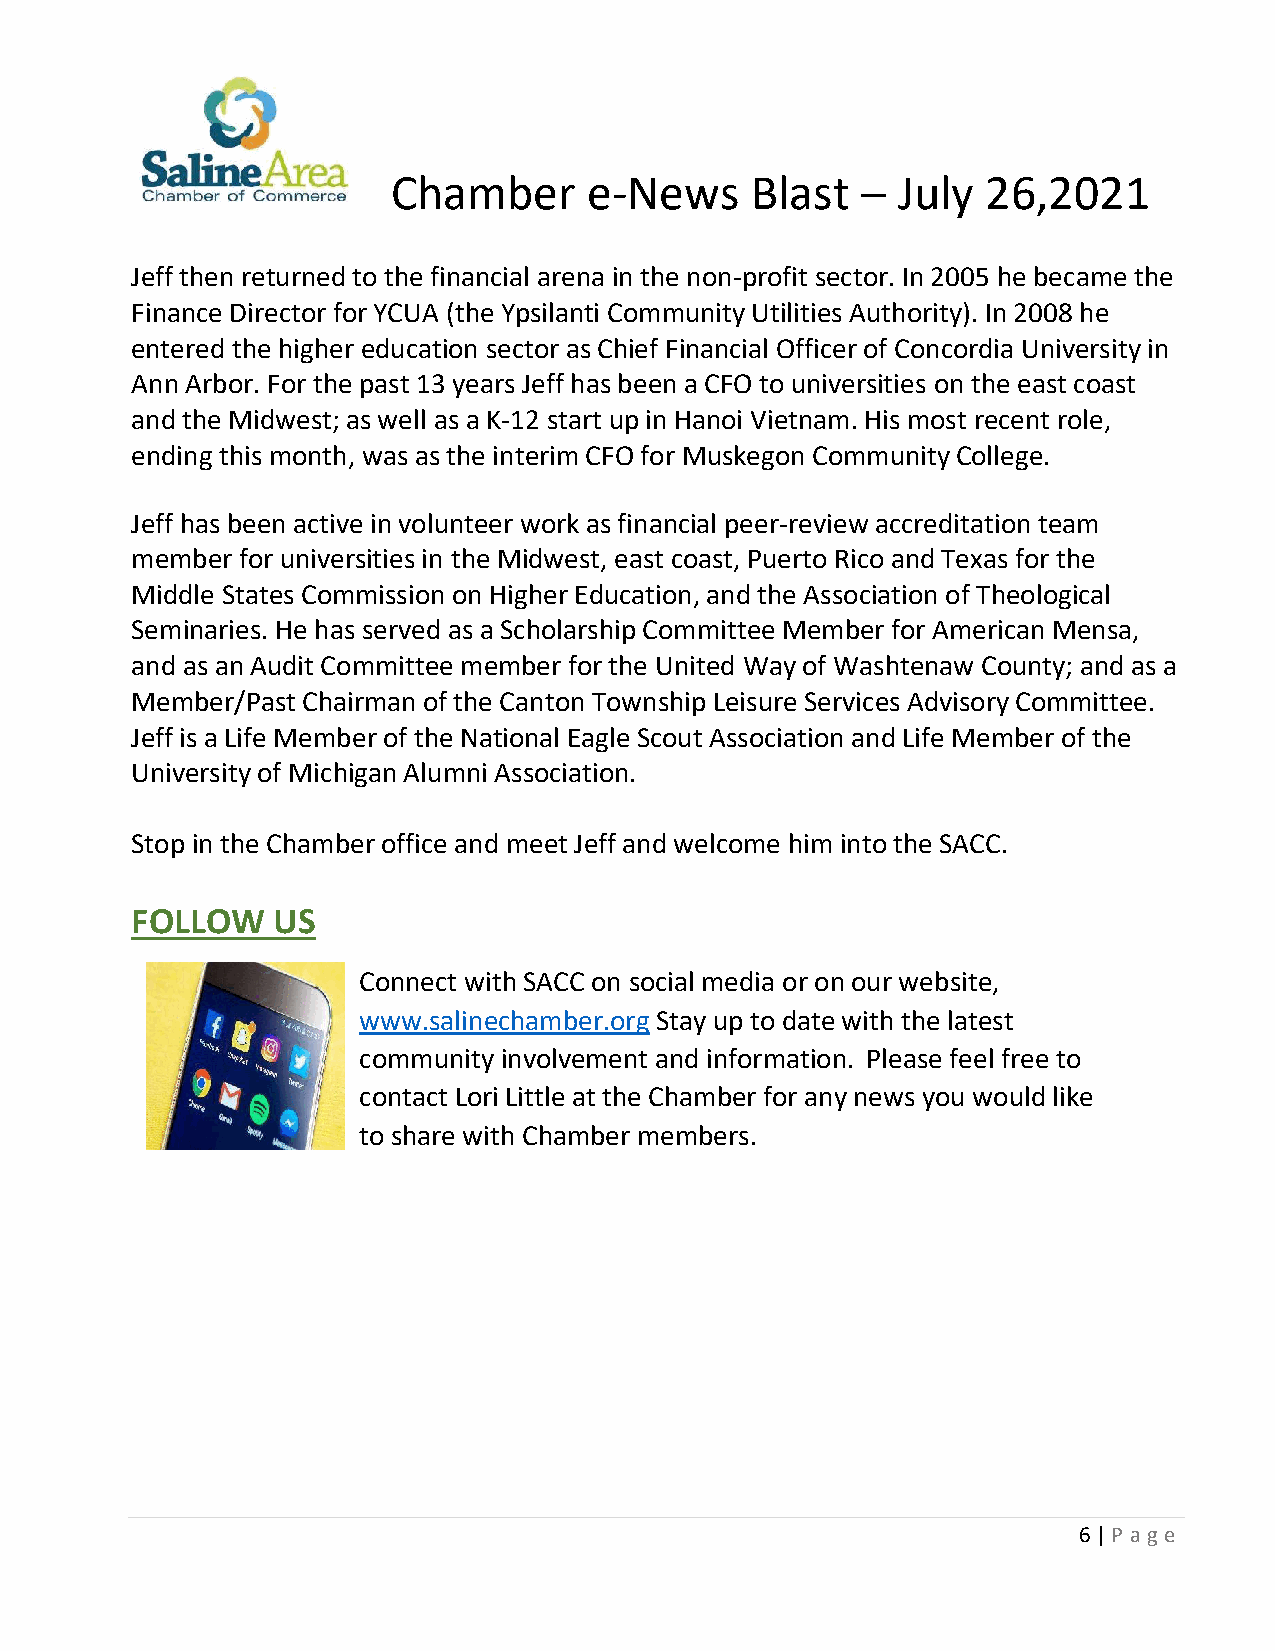
Chamber      e-News     Blast    July  26,2021
 –
 Jeff then returned to the financial arena in the non-profit sector. In 2005 he became the
 Finance Director for YCUA (the Ypsilanti Community Utilities Authority). In 2008 he
 entered the higher education sector as Chief Financial Officer of Concordia University in
 Ann Arbor. For the past 13 years Jeff has been a CFO to universities on the east coast
 and the Midwest; as well as a K-12 start up in Hanoi Vietnam. His most recent role,
 ending this month, was as the interim CFO for Muskegon Community College.
 Jeff has been active in volunteer work as financial peer-review accreditation team
 member for universities in the Midwest, east coast, Puerto Rico and Texas for the
 Middle States Commission on Higher Education, and the Association of Theological
 Seminaries. He has served as a Scholarship Committee Member for American Mensa,
 and as an Audit Committee member for the United Way of Washtenaw County; and as a
 Member/Past Chairman of the Canton Township Leisure Services Advisory Committee.
 Jeff is a Life Member of the National Eagle Scout Association and Life Member of the
 University of Michigan Alumni Association.
 Stop in the Chamber office and meet Jeff and welcome him into the SACC.
 FOLLOW   US
 Connect with SACC on social media or on our website,
 www.salinechamber.org Stay up to date with the latest
 community involvement and information. Please feel free to
 contact Lori Little at the Chamber for any news you would like
 to share with Chamber members.
 6 | P age